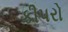
કીપરો